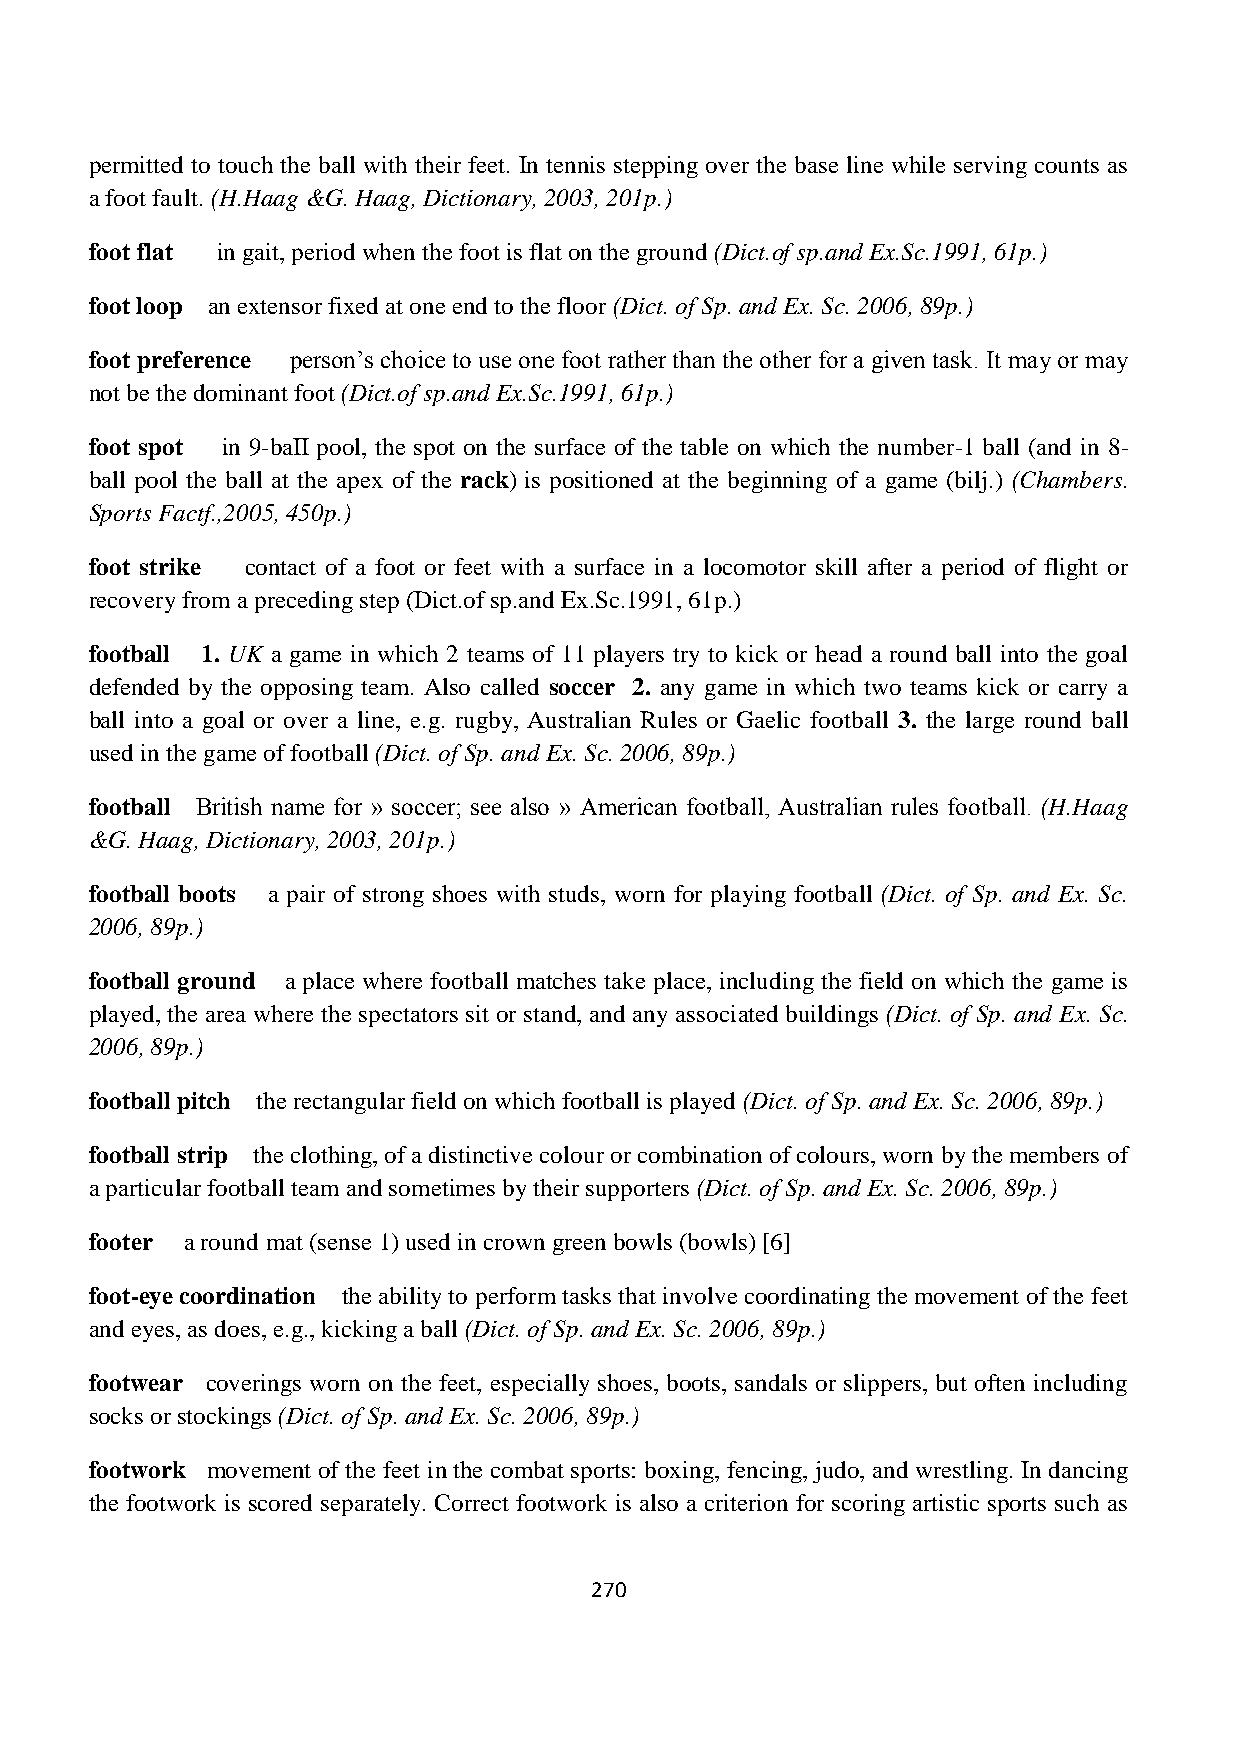
permitted to touch the ball with their feet. In tennis stepping over the base line while serving counts as
 a foot fault. (H.Haag &G. Haag, Dictionary, 2003, 201p.)
 foot flat in gait, period when the foot is flat on the ground (Dict.of sp.and Ex.Sc.1991, 61p.)
 foot loop an extensor fixed at one end to the floor (Dict. of Sp. and Ex. Sc. 2006, 89p.)
 foot preference person‟s choice to use one foot rather than the other for a given task. It may or may
 not be the dominant foot (Dict.of sp.and Ex.Sc.1991, 61p.)
 foot spot in 9-baII pool, the spot on the surface of the table on which the number-1 ball (and in 8-
 ball pool the ball at the apex of the rack) is positioned at the beginning of a game (bilj.) (Chambers.
 Sports Factf.,2005, 450p.)
 foot strike contact of a foot or feet with a surface in a locomotor skill after a period of flight or
 recovery from a preceding step (Dict.of sp.and Ex.Sc.1991, 61p.)
 football 1. UK a game in which 2 teams of 11 players try to kick or head a round ball into the goal
 defended by the opposing team. Also called soccer 2. any game in which two teams kick or carry a
 ball into a goal or over a line, e.g. rugby, Australian Rules or Gaelic football 3. the large round ball
 used in the game of football (Dict. of Sp. and Ex. Sc. 2006, 89p.)
 football British name for » soccer; see also » American football, Australian rules football. (H.Haag
 &G. Haag, Dictionary, 2003, 201p.)
 football boots a pair of strong shoes with studs, worn for playing football (Dict. of Sp. and Ex. Sc.
 2006, 89p.)
 football ground a place where football matches take place, including the field on which the game is
 played, the area where the spectators sit or stand, and any associated buildings (Dict. of Sp. and Ex. Sc.
 2006, 89p.)
 football pitch the rectangular field on which football is played (Dict. of Sp. and Ex. Sc. 2006, 89p.)
 football strip the clothing, of a distinctive colour or combination of colours, worn by the members of
 a particular football team and sometimes by their supporters (Dict. of Sp. and Ex. Sc. 2006, 89p.)
 footer a round mat (sense 1) used in crown green bowls (bowls) [6]
 foot-eye coordination the ability to perform tasks that involve coordinating the movement of the feet
 and eyes, as does, e.g., kicking a ball (Dict. of Sp. and Ex. Sc. 2006, 89p.)
 footwear coverings worn on the feet, especially shoes, boots, sandals or slippers, but often including
 socks or stockings (Dict. of Sp. and Ex. Sc. 2006, 89p.)
 footwork movement of the feet in the combat sports: boxing, fencing, judo, and wrestling. In dancing
 the footwork is scored separately. Correct footwork is also a criterion for scoring artistic sports such as
 270